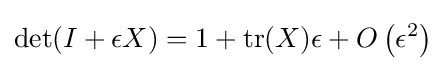
\det(I+\epsilon X)=1+\operatorname {tr} (X)\epsilon +O\left(\epsilon ^{2}\right)